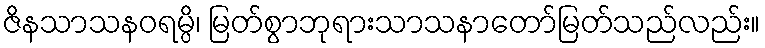
ဇိနသာသနဝရမ္ပိ၊ မြတ်စွာဘုရားသာသနာတော်မြတ်သည်လည်း။